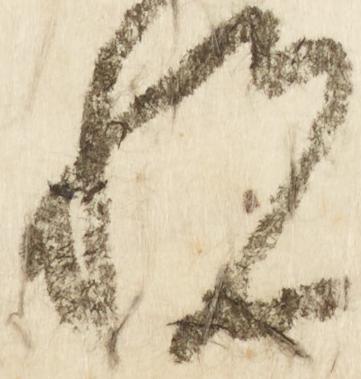
悦